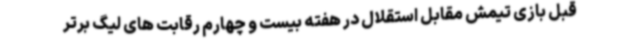
قبل بازی تیمش مقابل استقلال در هفته بیست و چهارم رقابت های لیگ برتر